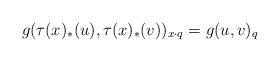
LaTeX: \begin{align*}g(\tau(x)_*(u),\tau(x)_*(v))_{x\cdot q}=g(u,v)_q\end{align*}